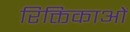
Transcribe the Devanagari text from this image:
रिक्तिकाओं